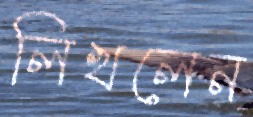
লিখলেন